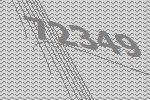
72349